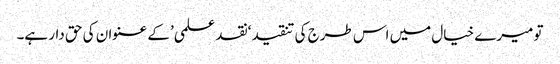
تو میرے خیال میں اس طرج کی تنقید ‘نقد علمی’ کے عنوان کی حق دار ہے۔